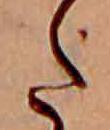
た